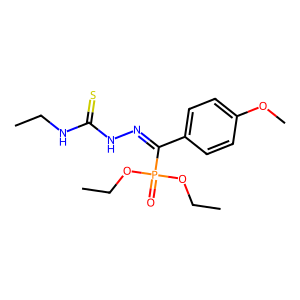
SMILES: CCNC(=S)NN=C(c1ccc(OC)cc1)P(=O)(OCC)OCC
Inhibits HIV replication: No